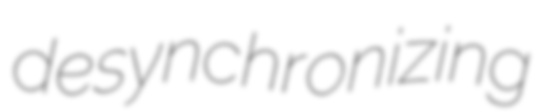
desynchronizing